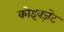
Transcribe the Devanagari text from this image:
कोइक्ज़ेट